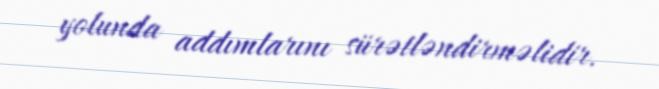
yolunda addımlarını sürətləndirməlidir.